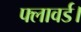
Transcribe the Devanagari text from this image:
फ्लावर्ड।